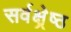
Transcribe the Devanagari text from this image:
सर्वक्ष्रेष्ठ